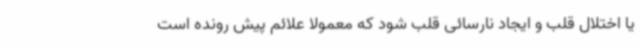
یا اختلال قلب و ایجاد نارسائی قلب شود که معمولا علائم پیش رونده است